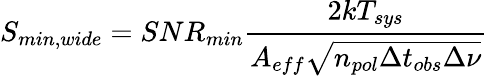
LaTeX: S_{min,wide}=SNR_{min}\frac{2k{T_{sys}}}{A_{eff}\sqrt{n_{pol}\Delta{t_{obs}}\Delta{\nu}}}